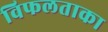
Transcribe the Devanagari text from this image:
विफलताका